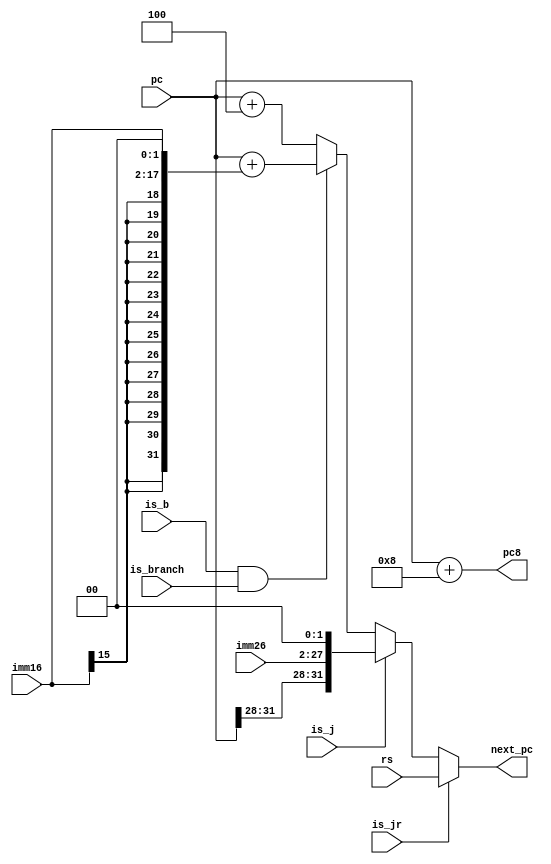

module NPC(
    input [31:0] pc,
    input [15:0] imm16,
    input [25:0] imm26,
    input is_b,
    input is_j,
    input is_jr,
    input is_branch,
    input [31:0] rs,
    output [31:0] pc8,
    output [31:0] next_pc
    );
    assign pc8 = pc + 8 ;
    assign next_pc = (is_jr == 1)? rs :
                    (is_j == 1)? {pc[31:28], imm26, {2{1'b0}}} :
                    (is_b == 1 && is_branch == 1)? pc+{{14{imm16[15]}},imm16, {2{1'b0}}} :
                    pc+4 ;
    
endmodule